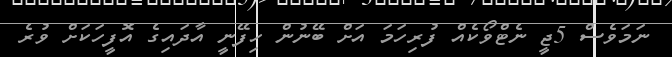
ނަމަވެސް 5ޖީ ނެޓްވޯކެއް ފުރިހަމަ އަށް ބޭނުން ހިފޭނީ އާދައިގެ އޮފީހަކަށް ވުރެ